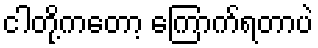
ငါတို့ကတော့ ကြောက်ရတာပဲ